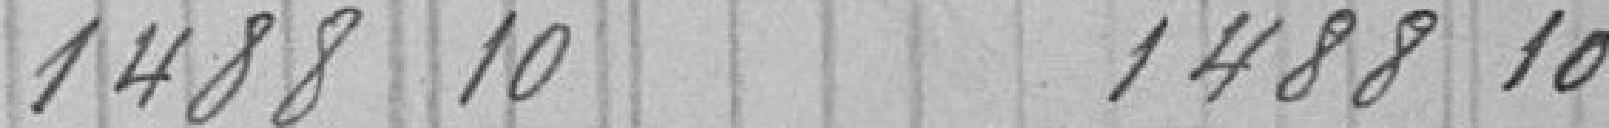
1488 10          1488 10